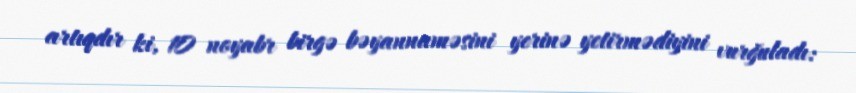
artıqdır ki, 10 noyabr birgə bəyannaməsini yerinə yetirmədiyini vurğuladı: